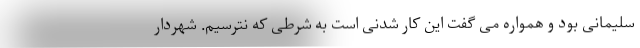
سلیمانی بود و همواره می گفت این کار شدنی است به شرطی که نترسیم. شهردار